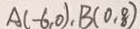
A ( - 6 , 0 ) , B ( 0 , 8 )